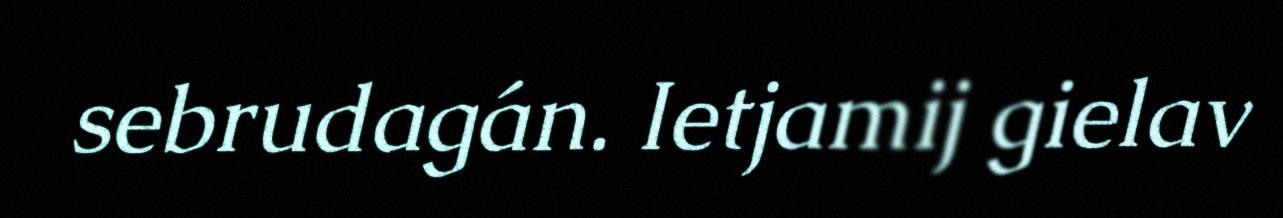
sebrudagán. Ietjamij gielav